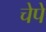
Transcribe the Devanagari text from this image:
चेपे